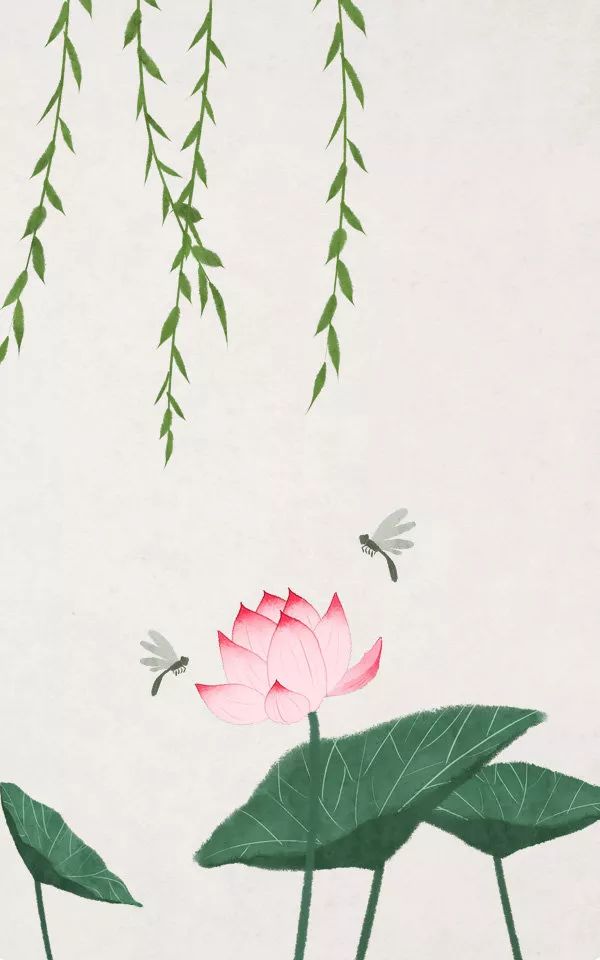
松江上，念故人老矣，甘卧闲云。